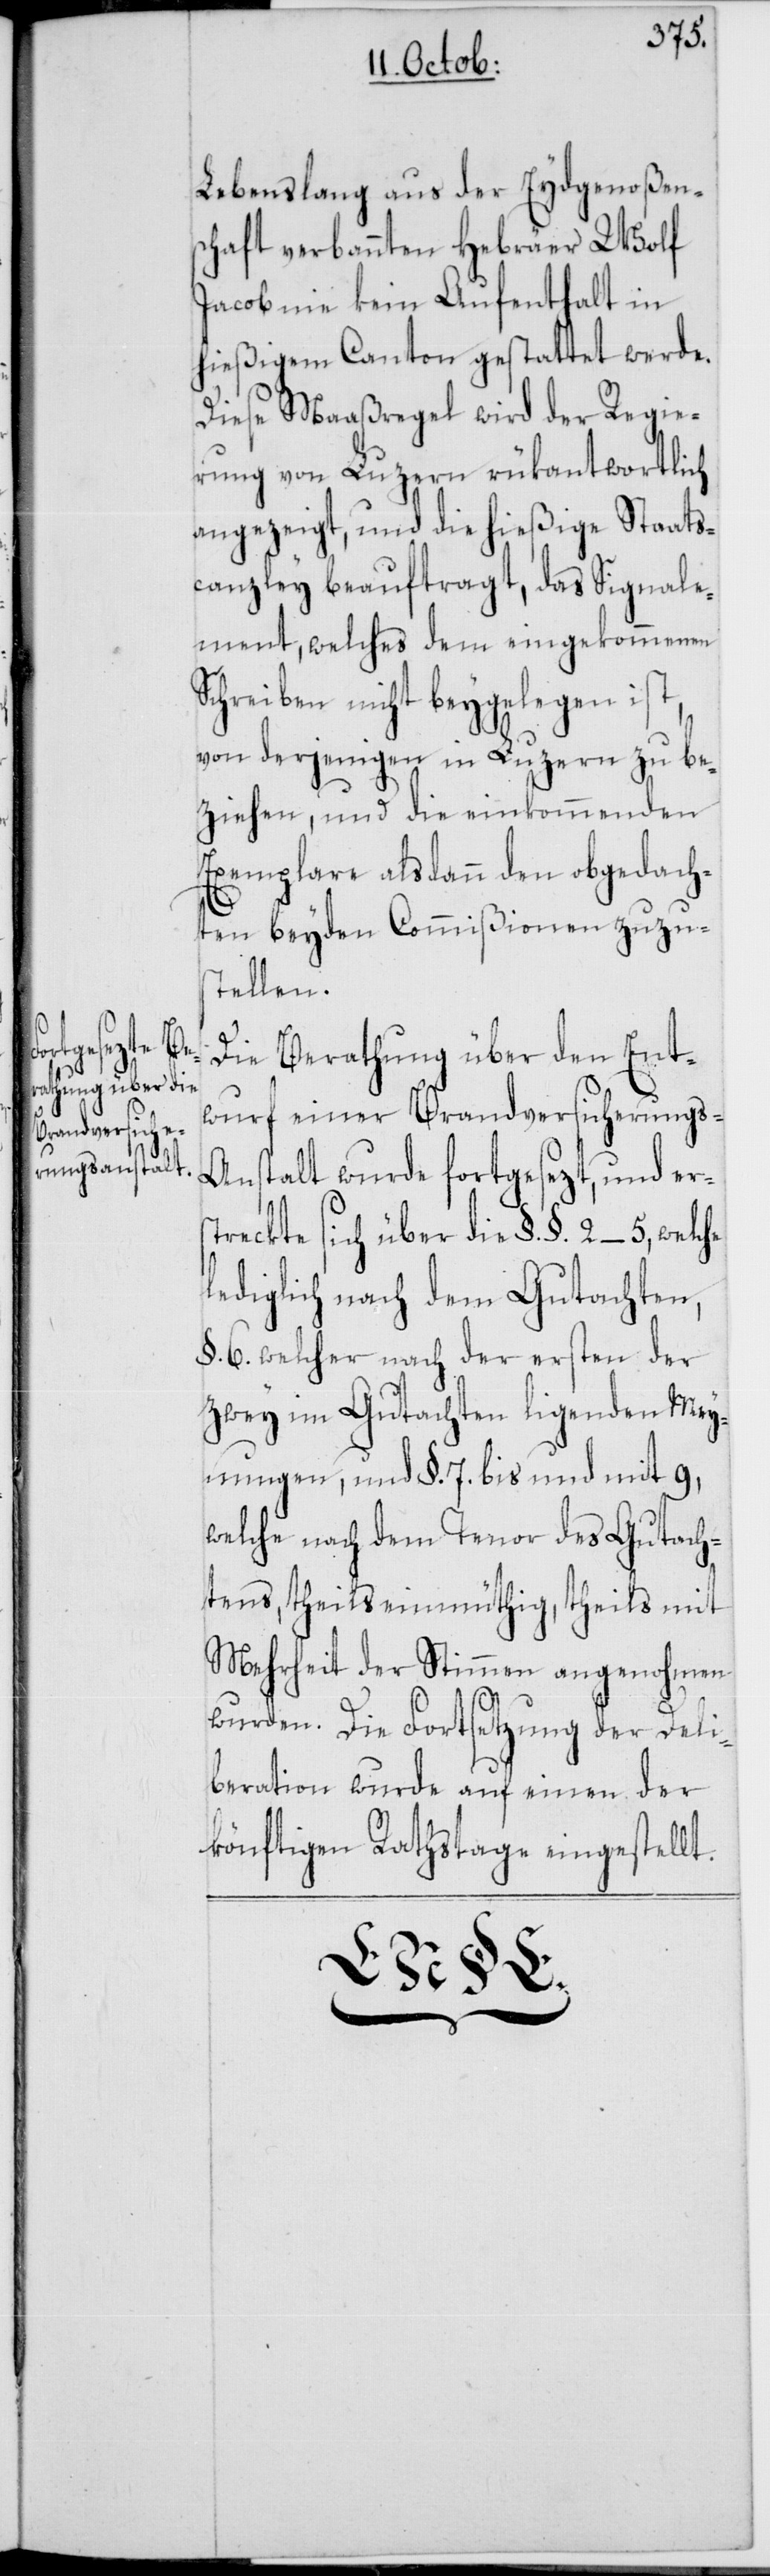
Lebenslang aus der Eydgenoßen¬
schaft verbannten Hebräer Wolf
Jacob nie kein Aufenthalt in
hießigem Canton gestattet werde.
Diese Maaßregel wird der Regie¬
rung von Luzern rükantwortlich
angezeigt, und die hießige Staats¬
canzley beauftragt, das Signale¬
ment, welches dem eingekommenen
Schreiben nicht beygelegen ist,
von denjenigen in Luzern zu be¬
ziehen, und die einkommenden
Exemplare alsdann den obgedach¬
ten beyden Commißionen zuzus¬
tellen.
Die Berathung über den Ent¬
wurf einer Brandversicherungs-A¬
nstalt wurde fortgesezt, und er¬
streckte sich über die §. §. 2–5, welche
lediglich nach dem Gutachten,
§. 6. welcher nach der ersten der
zwey im Gutachten ligenden Mey¬
nungen, und §. 7. bis und mit 9,
welche nach dem Tenor des Gutach¬
tens, theils einmüthig, theils mit
Mehrheit der Stimmen angenohmen
wurden. Die Fortsetzung der Deli¬
beration wurde auf einen der
könftigen Rathstage eingestellt.